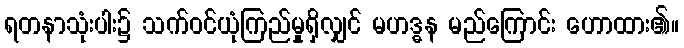
ရတနာသုံးပါး၌ သက်ဝင်ယုံကြည်မှုရှိလျှင် မဟဒ္ဓန မည်ကြောင်း ဟောထား၏။